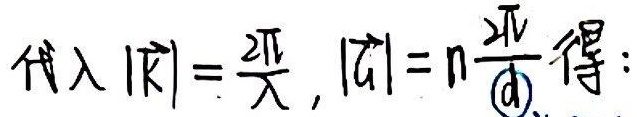
代入$|\vec{k}| = \frac{2\pi}{\lambda}, |\vec{G}| = n\frac{2\pi}{\textcircled{a}}$得：